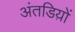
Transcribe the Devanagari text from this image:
अंतडिय़ों